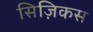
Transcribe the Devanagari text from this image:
सिज़िकस